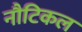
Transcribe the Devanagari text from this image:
नौटिकल